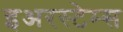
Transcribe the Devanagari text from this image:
इअरस्टेम्स